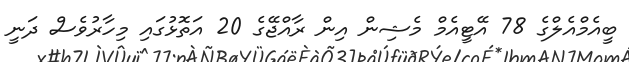
ބީއެމްއެލްގެ 78 އޭޓީއެމް މެޝިން އިން ރާއްޖޭގެ 20 އަތޮޅުގައި މިހާރުވެސް ދަނީ